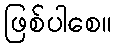
ဖြစ်ပါစေ။